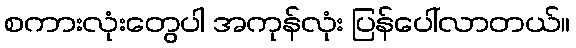
စကားလုံးတွေပါ အကုန်လုံး ပြန်ပေါ်လာတယ်။